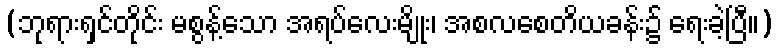
(ဘုရားရှင်တိုင်း မစွန့်သော အရပ်လေးမျိုး၊ အစလစေတိယခန်း၌ ရေးခဲ့ပြီ။)